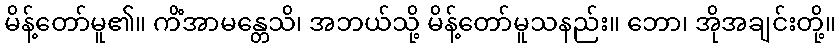
မိန့်တော်မူ၏။ ကိံအာမန္တေသိ၊ အဘယ်သို့ မိန့်တော်မူသနည်း။ ဘော၊ အိုအချင်းတို့။